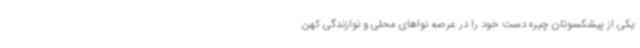
یکی از پیشکسوتان چیره دست خود را در عرصه‌ نواهای محلی و نوازندگی کهن